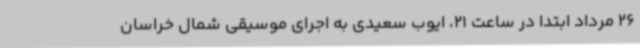
26 مرداد ابتدا در ساعت 21، ایوب سعیدی به اجرای موسیقی شمال خراسان